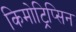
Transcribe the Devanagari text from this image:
किमोट्रिप्सिन